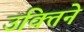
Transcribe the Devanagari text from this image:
उक्तिने